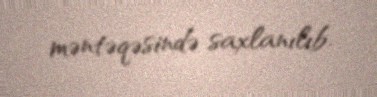
məntəqəsində saxlanılıb.